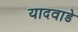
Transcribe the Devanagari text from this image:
यादवाडे